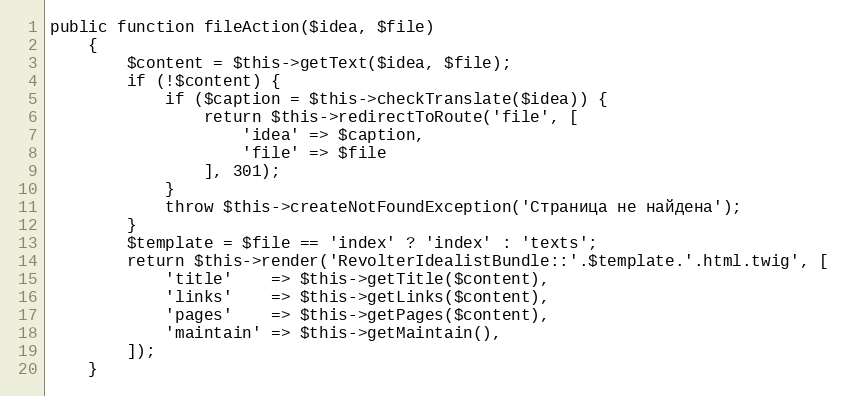
Language: PHP
public function fileAction($idea, $file)
    {
        $content = $this->getText($idea, $file);
        if (!$content) {
            if ($caption = $this->checkTranslate($idea)) {
                return $this->redirectToRoute('file', [
                    'idea' => $caption,
                    'file' => $file
                ], 301);
            }
            throw $this->createNotFoundException('Страница не найдена');
        }
        $template = $file == 'index' ? 'index' : 'texts';
        return $this->render('RevolterIdealistBundle::'.$template.'.html.twig', [
            'title'    => $this->getTitle($content),
            'links'    => $this->getLinks($content),
            'pages'    => $this->getPages($content),
            'maintain' => $this->getMaintain(),
        ]);
    }